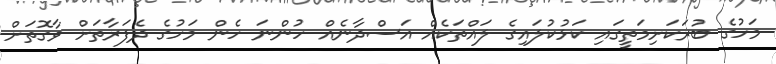
މަހުގެ ބުރަކަށިމަތީގައި ކަޅުކުލައިގެ ލައްތަކެއް އަސްދާނެއް ހުންނަ ހެން މަހުގެ ދެފަރާތަށް ވާގޮތަށް